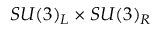
S U ( 3 ) _ { L } \times S U ( 3 ) _ { R }